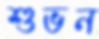
শুভন